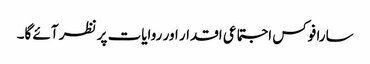
سارا فوکس اجتماعی اقدار اور روایات پر نظر آئے گا۔